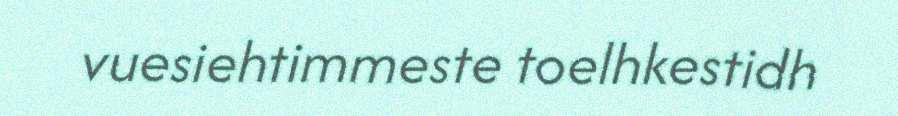
vuesiehtimmeste toelhkestidh